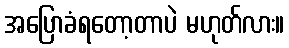
အပြောခံရတော့တာပဲ မဟုတ်လား။